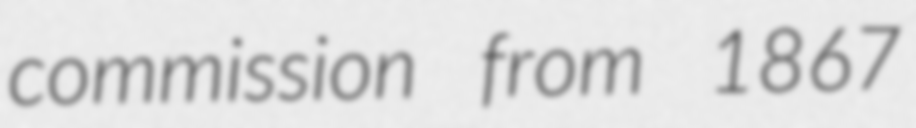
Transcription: commission from 1867